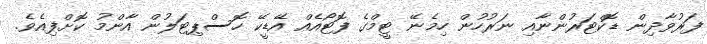
ފަރުވާދިން ޑޮކްޓަރުންނާއި ނަރުހުން ހިމެނޭ ޓީމްގެ ފޮޓޯއެއް އޭޑީކޭ ހޮސްޕިޓަލުން އާންމު ކޮށްފިއެވެ.